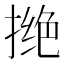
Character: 𪮖